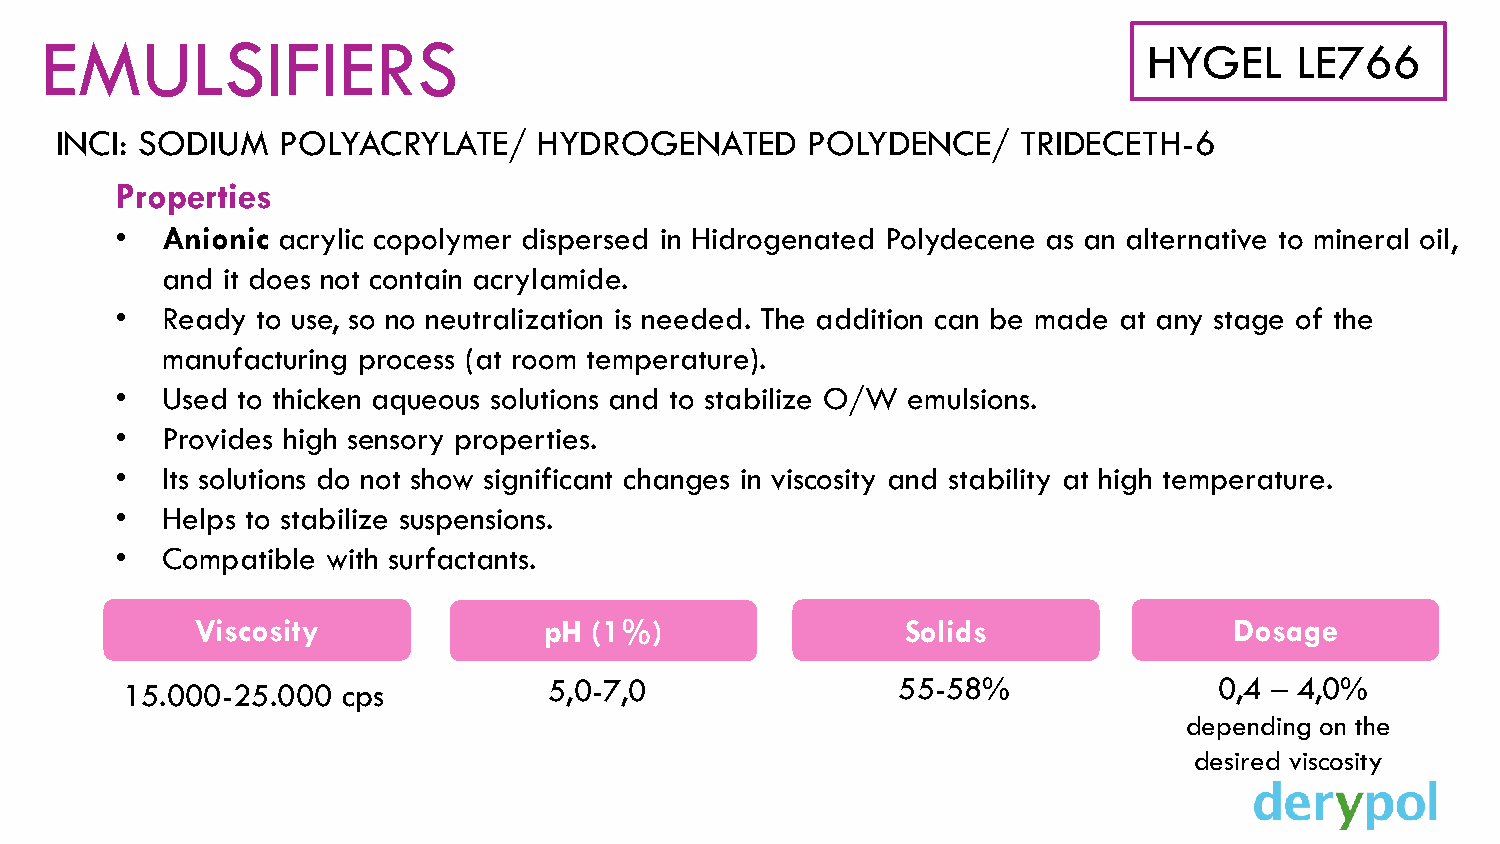
EMULSIFIERS
 HYGEL     LE766
 INCI: SODIUM   POLYACRYLATE/    HYDROGENATED     POLYDENCE/     TRIDECETH-6
 Properties
 •  Anionic acrylic copolymer dispersed in Hidrogenated Polydecene as an alternative to mineral oil,
 and it does not contain acrylamide.
 •  Ready to use, so no neutralization is needed. The addition can be made at any stage of the
 manufacturing process (at room temperature).
 •  Used to thicken aqueous solutions and to stabilize O/W emulsions.
 •  Provides high sensory properties.
 •  Its solutions do not show significant changes in viscosity and stability at high temperature.
 •  Helps to stabilize suspensions.
 •  Compatible with surfactants.
 Viscosity              pH (1%)                 Solids                Dosage
 15.000-25.000  cps          5,0-7,0                55-58%                0,4 – 4,0%
 depending on the
 desired viscosity